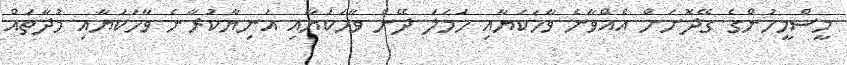
މީސްމީހުންގެ ގޭދޮށަށް އެއްވާނެ ވާހަކަޔާއި ހަމަލަ ދޭނެ ވާހަކަޔާއި އަނިޔާކުރާނެ ވާހަކަޔާއި މުދާތައް